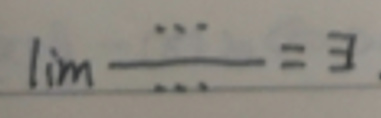
\(\lim \frac{\cdots}{\cdots}=\exists\)